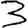
Digit: 3